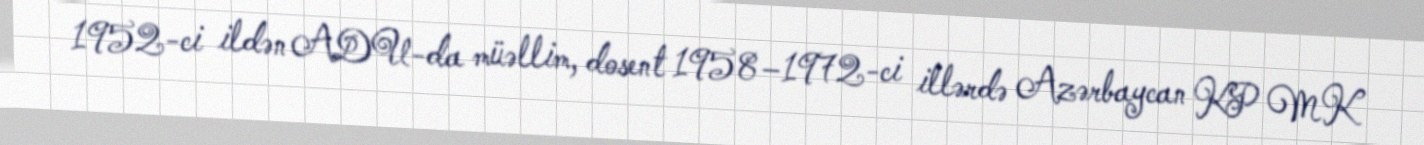
1952-ci ildən ADU-da müəllim, dosent 1958–1972-ci illərdə Azərbaycan KP MK